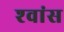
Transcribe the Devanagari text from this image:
श्‍वांस